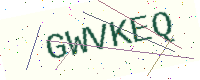
Text: GWVKEQ